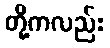
တို့ကလည်း